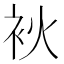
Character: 𤇷